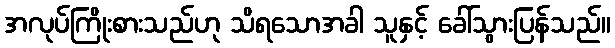
အလုပ်ကြိုးစားသည်ဟု သိရသောအခါ သူနှင့် ခေါ်သွားပြန်သည်။